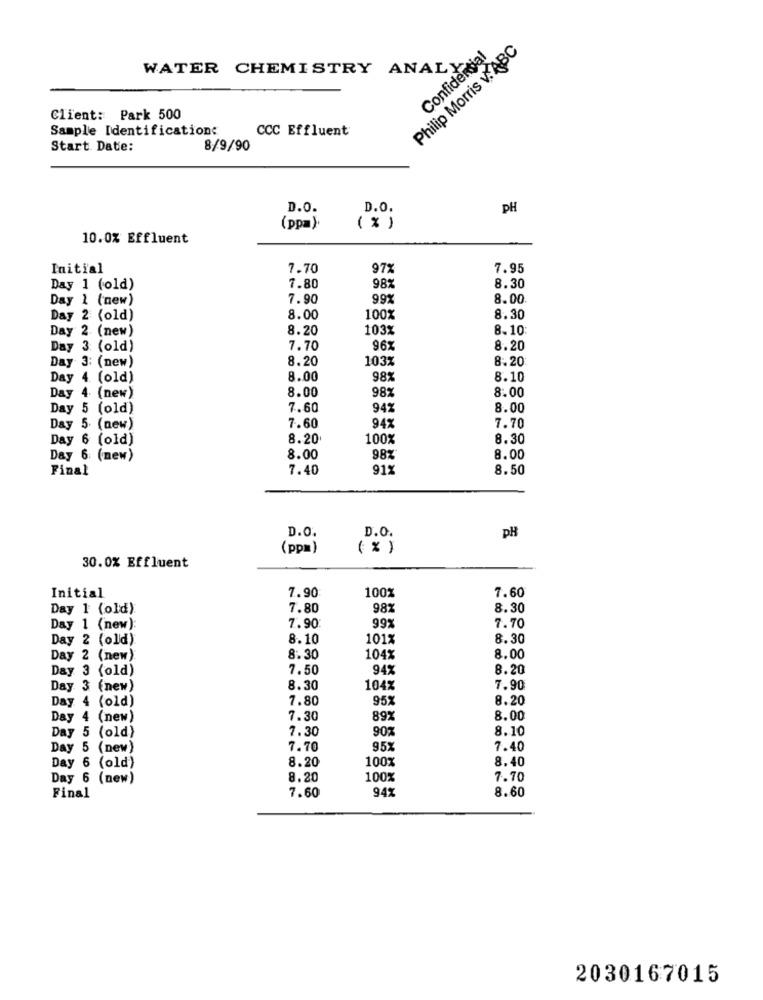
Philip Morris v.ABC
Confidential
WATER CHEMISTRY ANALY
Client: Park 500
Sample Identification:
CCC Effluent
Start Date:
8/9/90
D.O.
D.O.
pH
(ppa)
( % )
10.0% Effluent
Initial
7.70
97%
7.95
Day 1 (old)
7.80
987
8.30
Day 1 (new)
7.90
99X
8.00
Day 2 (old)
8.00
100%
8.30
Day 2 (new)
8.20
103%
8.10
Day 3 (old)
7.70
96x
8.20
8.20
103%
8.20
Day 3: (new)
Day 4. (old)
8.00
98%
8.10
8.00
98%
8.00
Day 4 (new)
Day 5 (old)
7.60
94%
8.00
7.60
Day 5 (new)
949
7.70
Day 6 (old)
8.20
100%
8.30
Day 6 (new)
8.00
98%
8.00
Final
7.40
91%
8.50
D.O.
pH
D.O.
(ppm)
( % )
30.0% Effluent
7.90
100%
Initial
7.60
Day 1 (old)
7.80
982
8.30
7.70
Day 1 (new):
7.90
99%
Day 2 (old)
8.10
101%
8.30
Day 2 (new)
8.30
104%
8.00
Day 3 (old)
7.50
94%
8.20
Day 3 (new)
8.30
104%
7.90
Day 4 (old)
7.80
95
8.20
Day 4 (new)
7.30
89
8.00
Day 5 (old)
7.30
90%
8.10
Day 5 (new)
7.70
95%
7.40
8.20
100%
8.40
Day 6 (old)
Day 6 (new)
8.20
100%
7.70
94%
8.60
Final
7.60
2030167015